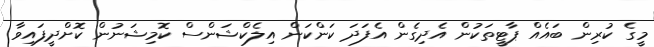
މީގެ ކުރިން ބައެއް ޕާޓީތަކުން އެދިގެން އެފަދަ ކަންކަން އިލެކްޝަންސް ކޮމިޝަނުން ކޮށްދީފައިވާ